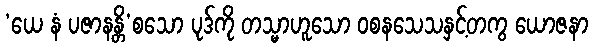
‘ယေ နံ ပဇာနန္တိ’စသော ပုဒ်ကို တသ္မာဟူသော ဝစနသေသနှင့်တကွ ယောဇနာ